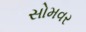
સોમવર